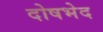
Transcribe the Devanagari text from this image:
दोषभेद